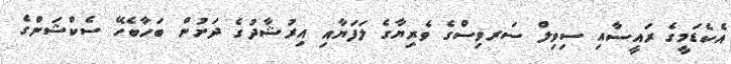
އެކެޑަމީގެ ރައީސާއި ސިވިލް ސަރވިސްގެ ވެރިޔާގެ ލަފަޔާއި އިރުޝާދުގެ ދަށުން ބަހާބެހޭ ސެކްޝަންގެ